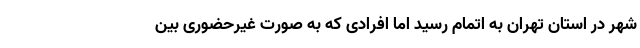
شهر در استان تهران به اتمام رسید اما افرادی که به صورت غیرحضوری بین